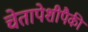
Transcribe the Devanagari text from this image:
चेतापेशीपैकी